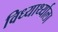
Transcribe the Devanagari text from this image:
विध्यार्थ्याला